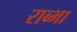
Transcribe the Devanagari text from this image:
राब्भा